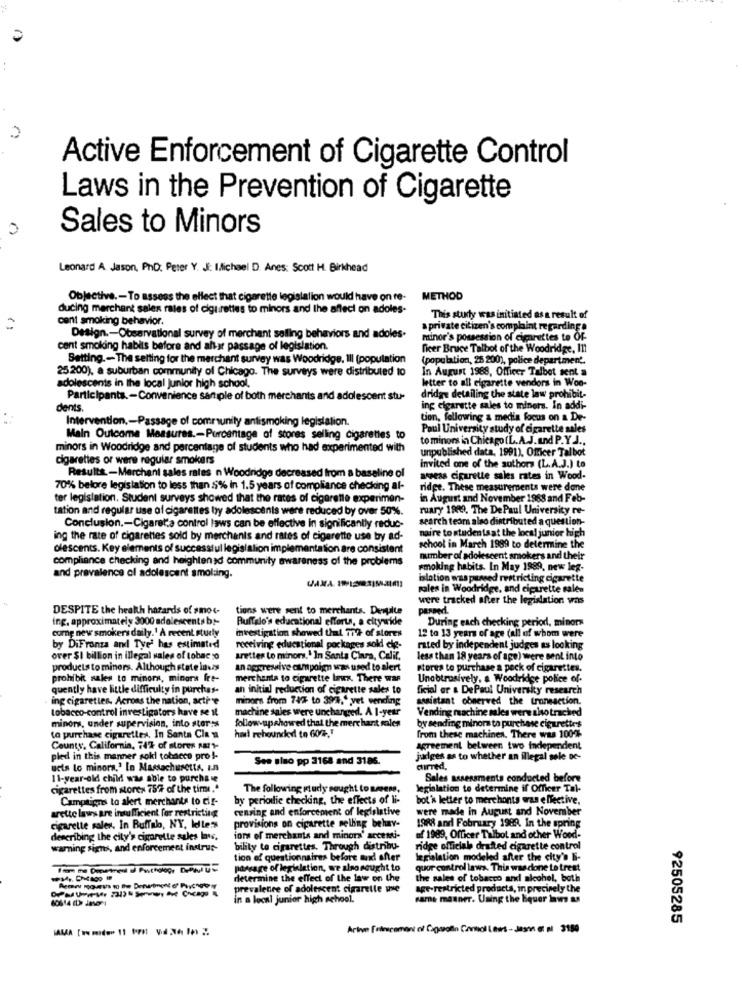
Active Enforcement of Cigarette Control
Laws in the Prevention of Cigarette
0
Sales to Minors
Leonard A. Jason, PD: Peter Y. JE: Michael D. Anes: Scott H. Birkhead
Objective .- To assess the effect that cigarette legislalion would have on re-
METHOD
ducing merchant sales rates of cigarettes to minors and the affect on adoles-
cent smoking behavior.
This study was initiated as a result of
a private citizen's complaint regarding a
Design .- Observational survey of merchant selling behaviors and adoles.
minor's possession of cigarettes to OF-
cent smoking habits before and after passage of legislation.
ficer Bruce Talbot of the Woodridge, Il!
Setting .- The setting for the merchant survey was Woodridge, Ill (population
(population, 25 200), police department.
25.200), a suburban community of Chicago. The surveys were distributed to
In August 1988, Officer Talbot sent a
adolescents in the local junior high school,
letter to all elgarette vendors in Woo-
Participants .- Convenience sample of both merchants and adolescent stu-
dridge detailing the state law prohibit-
dents.
ing cigarette sales to miners. In addi-
Intervention ,- Passage of community antismoking legislation.
tion, following & media focus on a De-
Paul University study of cigarette sales
Main Outcome Measures .- Purcantage of stores selling cigarettes to
to minors in Chicago (L.A.J. und P.Y.J ..
minors in Woodridge and percentage of students who had experimented with
unpublished data, 1991). Officer Talbot
cigarettes or were reguiar smokers
Invited one of the authors (L.A.J.) to
Results-Merchant sales rates n Woodridge decreased from a baseline of
assess cigarette sales rates in Wood-
70% before legislation to less than 5% in 1.5 years of compliance checking al-
ridge. These measurements were done
ter legislation. Student surveys showed that the rates of cigarette experimen-
in August and November 1988 and Feb-
tation and regular use of cigarettes boy adolescents were reduced by over 50%.
ruary 1989. The De Paul University re-
search team also distributed a question-
Conclusion ,- Cigaretta control laws can be effective in significantly reduc-
ing the rate of cigarettes sold by merchants and rates of cigarette use by ad-
maire to studentsat the local junior high
olescents. Key elements of successful legislation implementation are consistent
school in March 1999 to determine the
compliance checking and heighten x community awareness of the problems
number of adolescent smokers and their
smoking habits. In May 1989, new leg-
and prevalence of adolescent smolaing.
islotion was puted restricting cigarette
rales in Woodridge, and cipsrette sales
were tracked after the legislation was
DESPITE the health harards of smos-
tions were sent to merchants. Desuite
passed.
ing. approximately 3000 adolescents bt-
Buffalo's educational efforts, a citywide
During each checking period, minors
comng new smokers daily.' A recent study
investigation showed that 772- of stores
12 to 13 years of age (all of whom were
by DiFronza and Tye has estimated
receiving educational pockages sold die-
rated by independent judges as looking
over $1 billion in illegal sales of tobac :o
Arettes Lo minors,' In Santa Clara, Calif.
less than 18 years of age) were sent into
products to minors. Although state invis
an aggressive cumpoign was used to alert
stores to purchase a pock of cigarettes.
prohibit sales to minors, minora Irt-
merchanta to cigarette lax. There was
Unabtrusively, a Woodridge police of-
quently have little difficulty in purchas-
an initial reduction of cigarette sales to
ficial or & DePaul University research
ing cigarettes. Across the nation, actie
minors from 742 to 39/4." vet sending
assistant observed the transaction.
tobacco-control investigators have se il
machine sales were unchanged. A 1-year
Vending machine sales were aho tracked
minors, under supervision, into star:s
follow-upshowed that the merchant sales
har rehounded to 604.
by sending minora to purchase cigarettes
to purchase cigarettes. In Santa Clau
from these machines. There was 100%
County, California, 74% of stores ABY-
agreement between two independent
pled in this manner sokl tobacco pro !-
See sino pp 3168 and 3186.
judges as to whether an illegal sole De-
ucts lo minora," In Massachusetts, In
chirred.
11-year-old child was able to purchase
Sales assessments conducted before
cigarettes from stores 75% of the time."
The following istudy sought to amess.
legislation to determine if Officer Tal-
Campaigns to alert merchants to cif-
by periodlie checking, the effects of li-
bot's letter to merchants was effective,
censing and enforcement of legislative
were made in August and November
arctic laws are insufficient for restricting
provisions on cigarette selling behav-
1988 and February 1989. In the spring
cigarette sales. In Buffalo, NY, Illess
describing the city's cigarette sules laws,
iors of merchants and minors' accessi-
of 1989, Officer Talbot and other Wood-
warning signs, and enforcement indrus-
bility to cigarettes. Through distribu-
ridge official drafted cigarette control
tion of questionnaires before and after
legislation modeled after the city's bi-
passage of legislation, we also sought to
quor control laws. This was done to treat
determine the effect of the law on the
the sales of tobacco and alcohol, both
prevalence of adolescent cigarette wie
age-restricted products, in precisely the
in a local junior high school.
same manner. Using the bquer Jaws as
92505285
Arte [riescemont of Cigarolin Carol Laws - Jason et al 3180